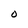
Character: O